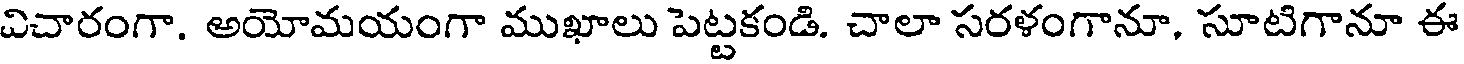
విచారంగా. అయోమయంగా ముఖాలు పెట్టకండి. చాలా సరళంగానూ, సూటిగానూ ఈ